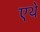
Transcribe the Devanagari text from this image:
एथे